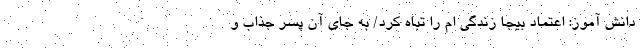
دانش آموز: اعتماد بیجا زندگی ام را تباه کرد/ به جای آن پسر جذاب و